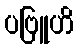
ပဗြူဟိ